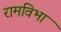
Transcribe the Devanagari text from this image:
रामविभा